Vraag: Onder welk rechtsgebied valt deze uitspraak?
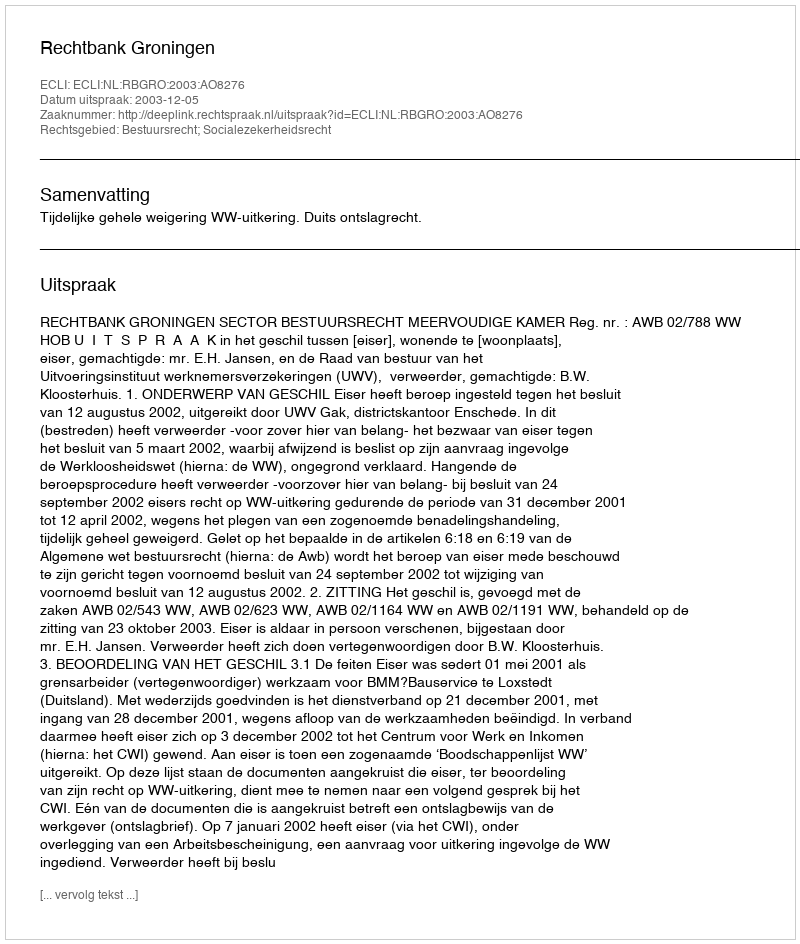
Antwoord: Bestuursrecht; Socialezekerheidsrecht